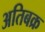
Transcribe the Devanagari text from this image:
अतिबक्र